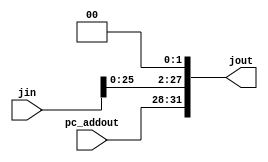
module pc_shift(jin,jout,pc_addout);
	input [27:0]jin;
	input [3:0]pc_addout;
	output [31:0] jout;
	reg [31:0]jout;
	always@(jin)
	begin
	 jout[31:28]<=pc_addout;
	 jout[27:0]<=jin<<2;
	end
endmodule